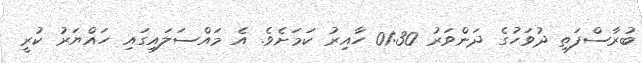
ބުރާސްފަތި ދުވަހުގެ ދަންވަރު 01:30 ހާއިރު ކަމަށެވެ. އެ މައްސަލައިގައި ހައްޔަރު ކުރީ